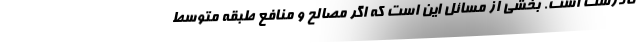
نادرست است. بخشی از مسائل این است که اگر مصالح و منافع طبقه متوسط